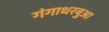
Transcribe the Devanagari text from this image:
गंगाधरबुआ